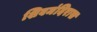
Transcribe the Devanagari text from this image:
शिवमंदिरास